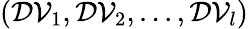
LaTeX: (\mathcal{DV}_{1},\mathcal{DV}_{2},...,\mathcal{DV}_{l})